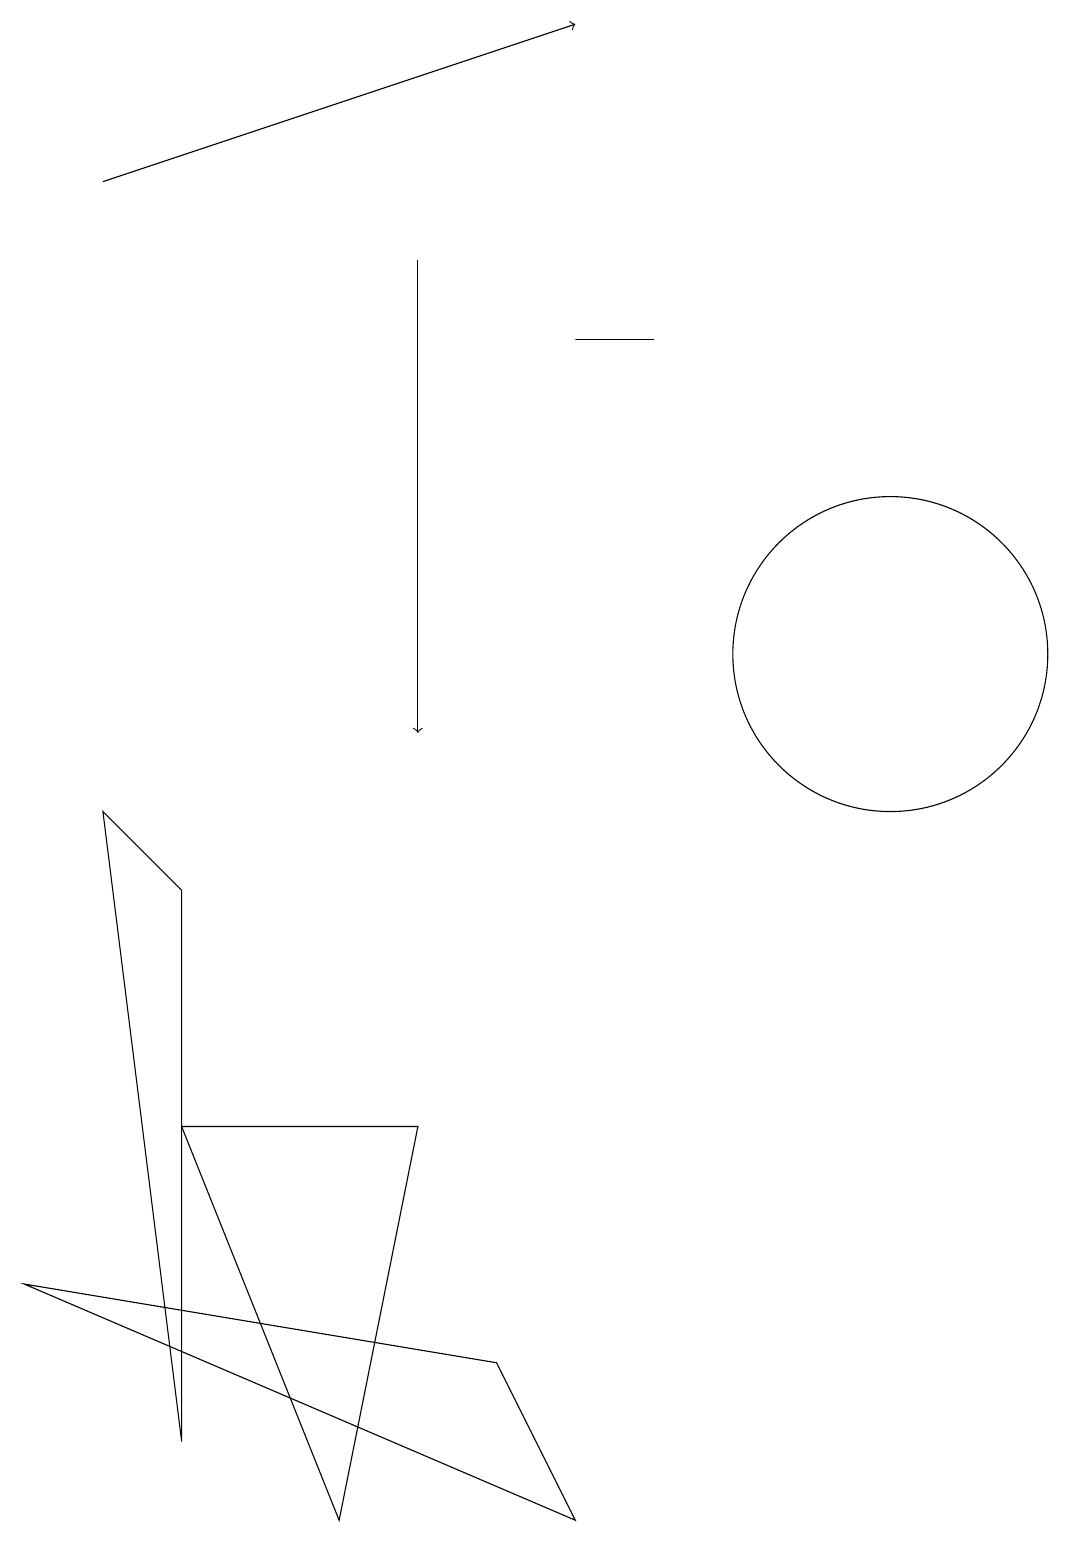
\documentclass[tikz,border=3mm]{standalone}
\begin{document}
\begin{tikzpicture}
\draw (0,3) -- (7,0) -- (6,2) -- cycle;
\draw[->] (1,17) -- (7,19);
\draw (8,15) rectangle (7,15);
\draw[->] (5,16) -- (5,10);
\draw (4,0) -- (5,5) -- (2,5) -- cycle;
\draw (11,11) circle (2);
\draw (1,9) -- (2,8) -- (2,1) -- cycle;
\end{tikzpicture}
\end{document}